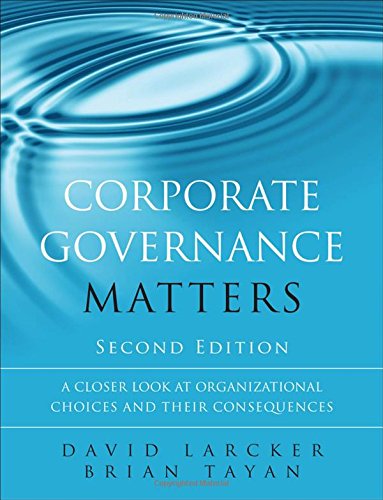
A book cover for Corporate Governance Matters: A Closer Look at Organizational Choices and Their Consequences (2nd Edition); David Larcker; Law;